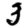
Digit: 3